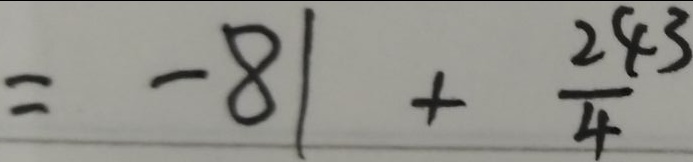
= - 8 1 + \frac { 2 4 3 } { 4 }